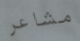
مشاعر